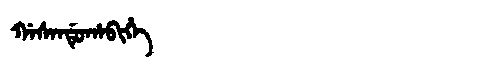
Manchu: ᡤᠠᠰᠠᠨᡩᡠᡥᠠᠪᡳᡥᡝ
Romanization: GASANDUHABIHE